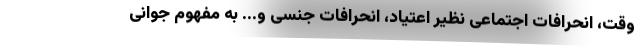
وقت، انحرافات اجتماعی نظیر اعتیاد، انحرافات جنسی و... به مفهوم جوانی